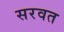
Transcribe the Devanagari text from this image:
सरवत